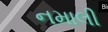
નમાલી